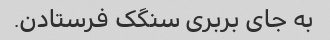
به جای بربری سنگک فرستادن.